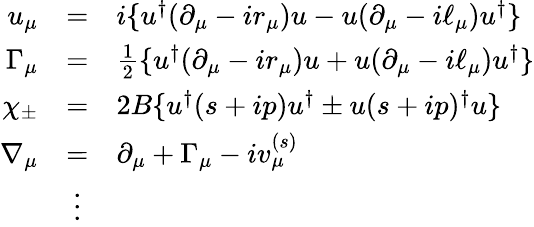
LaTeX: \begin{array}{rcl}{{u_{\mu}}}&{{=}}&{{i\{ u^{\dagger}(\partial_{\mu}-ir_{\mu})u-u(\partial_{\mu}-i\ell_{\mu})u^{\dagger}\} }}\\ {{\Gamma_{\mu}}}&{{=}}&{{\frac 12\{ u^{\dagger}(\partial_{\mu}-ir_{\mu})u+u(\partial_{\mu}-i\ell_{\mu})u^{\dagger}\} }}\\ {{\chi_{\pm}}}&{{=}}&{{2B\{ u^{\dagger}(s+ip)u^{\dagger}\pm u(s+ip)^{\dagger}u\} }}\\ {{\nabla_{\mu}}}&{{=}}&{{\partial_{\mu}+\Gamma_{\mu}-iv_{\mu}^{(s)}}}\\ {{}}&{{\vdots}}&{{}}\end{array}